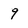
Character: 9